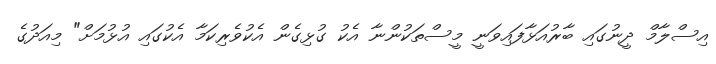
އިސްލާމް ދީނުގައި ބާރުއަޅާފައިވަނީ މީސްތަކުންނާ އެކު ގުޅިގެން އެކުވެރިކަމާ އެކުގައި އުޅުމަށް" މިއަދުގެ